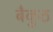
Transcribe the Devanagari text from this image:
बैकुठ